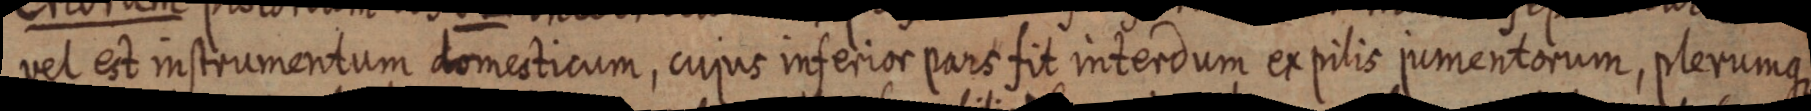
vel est instrumentum domesticum, cujus inferior pars fit interdum ex pilis jumentorum, plerumque